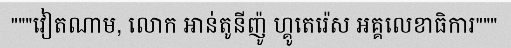
"""វៀតណាម, លោក អាន់តូនីញ៉ូ ហ្គូតេរ៉េស អគ្គលេខាធិការ"""